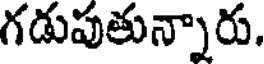
గడుపుతున్నారు.